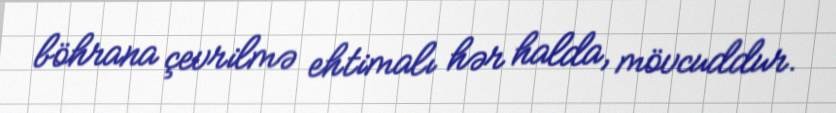
böhrana çevrilmə ehtimalı hər halda, mövcuddur.